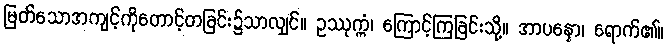
မြတ်သောအကျင့်ကိုတောင့်တခြင်း၌သာလျှင်။ ဥဿုက္ကံ၊ ကြောင့်ကြခြင်းသို့။ အာပန္နော၊ ရောက်၏။